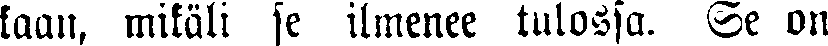
kaan, mikäli se ilmenee tulossa. Se on